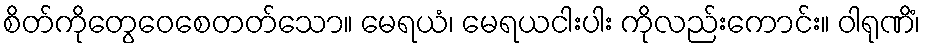
စိတ်ကိုတွေဝေစေတတ်သော။ မေရယံ၊ မေရယငါးပါး ကိုလည်းကောင်း။ ဝါရုဏိံ၊